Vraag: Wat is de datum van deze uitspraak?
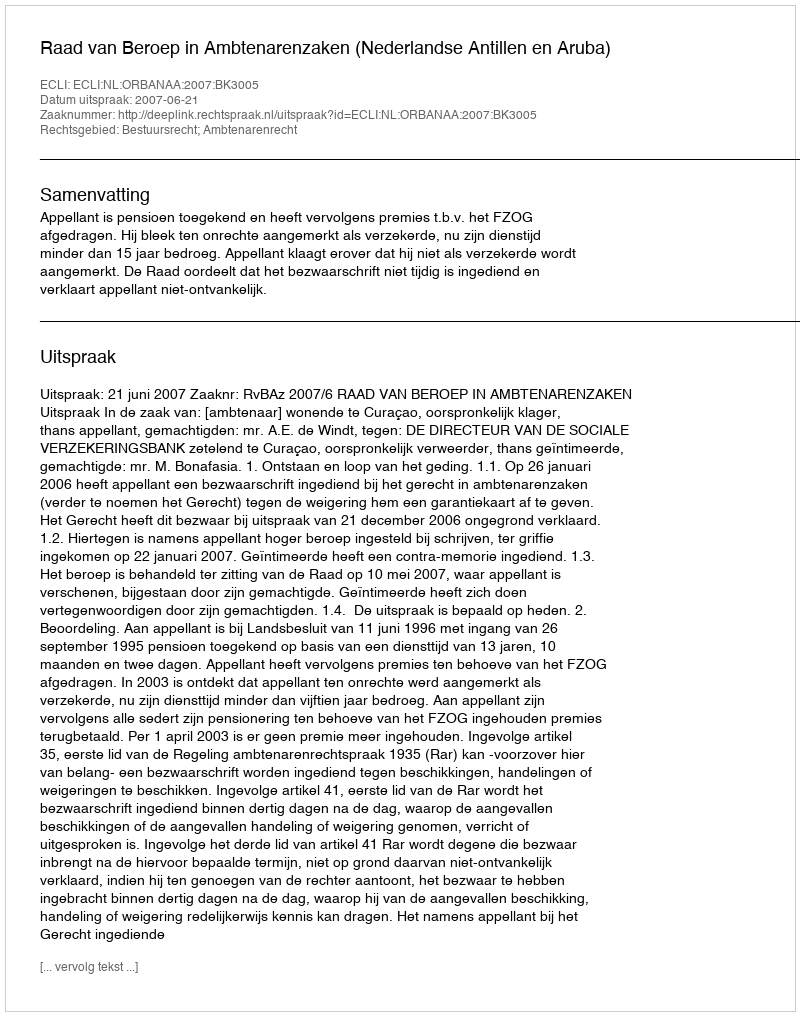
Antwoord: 2007-06-21